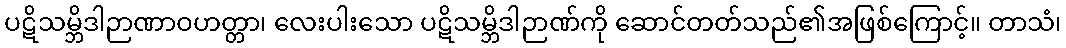
ပဋိသမ္ဘိဒါဉာဏာဝဟတ္တာ၊ လေးပါးသော ပဋိသမ္ဘိဒါဉာဏ်ကို ဆောင်တတ်သည်၏အဖြစ်ကြောင့်။ တာသံ၊